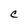
Character: C